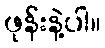
ဖုန်းနဲ့ပါ။